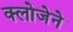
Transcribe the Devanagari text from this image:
क्लोजेने